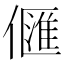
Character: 㒑